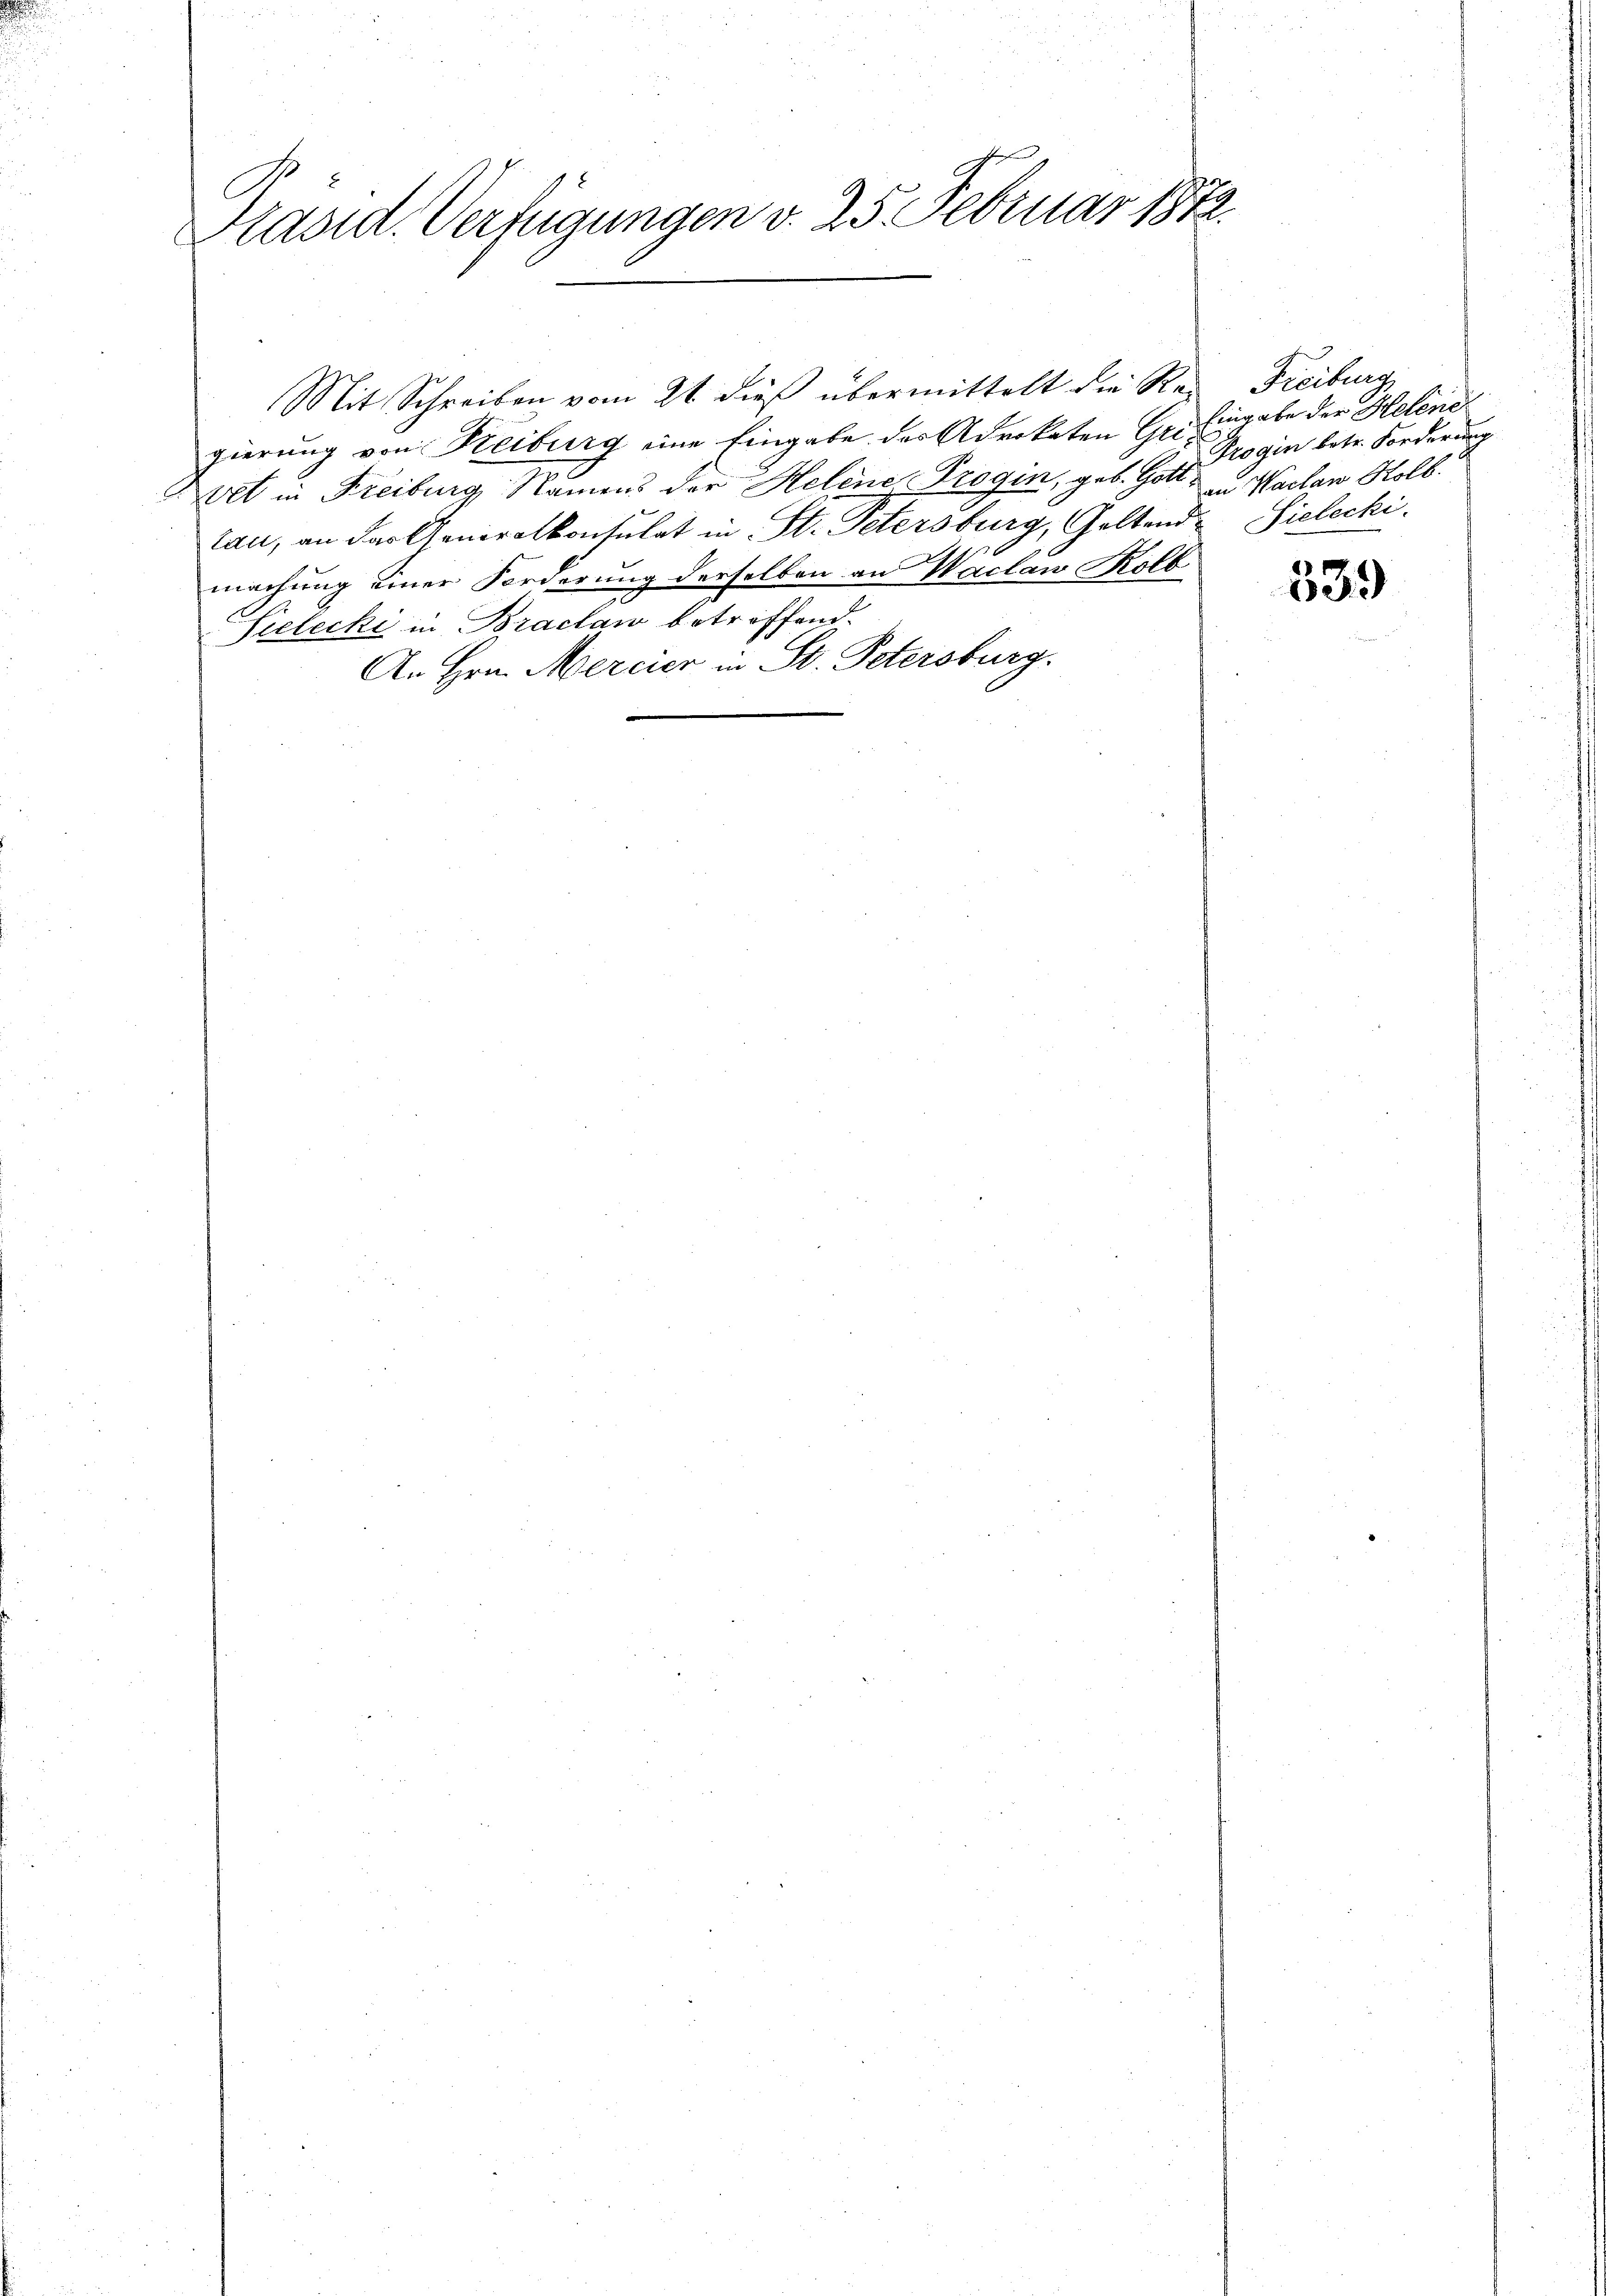
C
Präsid. Verfügungen v. 25. Februar 1872.

gierung von Reiburg eine Eingabe des Advokaten Gr. Eingabe der Helene
vt in Freiburg Namens der Helene Progin, geb. Gott in Valan Kolb.
tau, an das Generalkonsulat in St. Petersburg, Geltend Sielecki
machung einer Forderung derselben an Waclaw Kolb
Sielecki in Braclaw betreffend.
An Hrn. Mercier in St. Petersburg.

Mit Schreiben vom 21 dieß übermittelt die Re- Freiburg

Frogin betr. Forderung

339